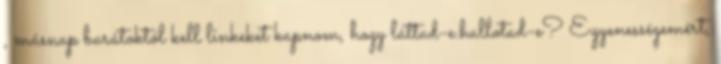
, másnap barátoktól kell linkeket kapnom, hogy láttad-e.hallotad-e? Egyenességemért,